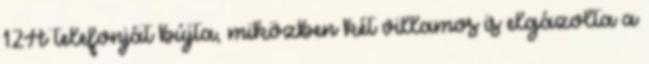
12A telefonját bújta, miközben két villamos is elgázolta a